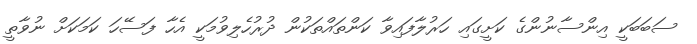
ސަބަބަކީ އިންސާނުންގެ ކަށީގައި ހަރުލާފައިވާ ކަންތައްތަކުން ދުރުހެލިވުމަކީ އެހާ ފަސޭހަ ކަމަކަށް ނުވާތީ